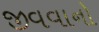
જીવવાનો